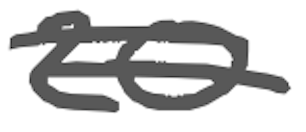
Text: 20
Cross-out: double-line
Writing tool: digital_gray